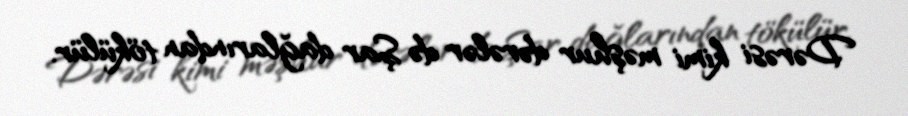
Dərəsi kimi məşhur dərələr də Şar dağlarından tökülür.